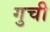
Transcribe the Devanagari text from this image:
गुची